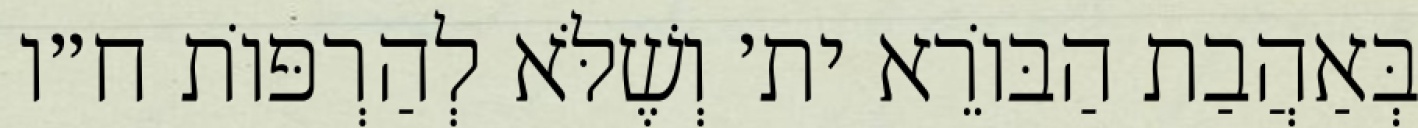
בְּאַהֲבַת הַבּוֹרֵא ית׳ וְשֶׁלֹּא לְהַרְפּוֹת ח״ו